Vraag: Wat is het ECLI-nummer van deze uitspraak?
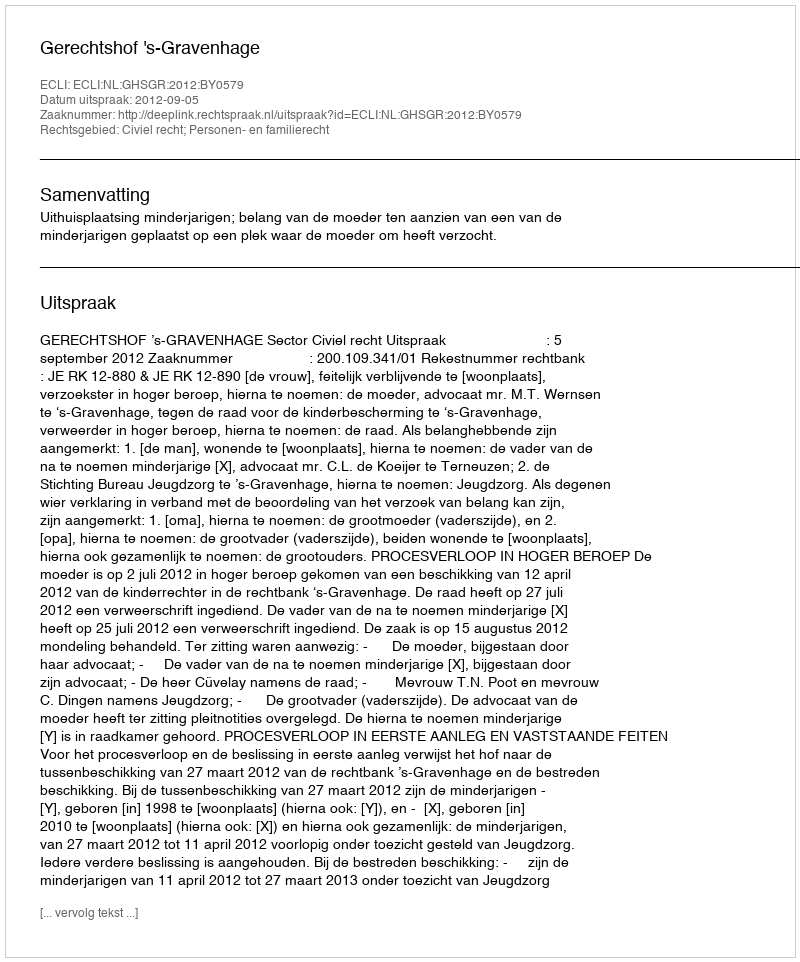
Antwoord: ECLI:NL:GHSGR:2012:BY0579